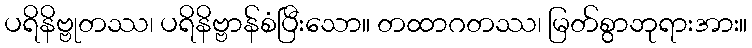
ပရိနိဗ္ဗုတဿ၊ ပရိနိဗ္ဗာန်စံပြီးသော။ တထာဂတဿ၊ မြတ်စွာဘုရားအား။